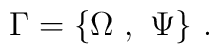
\Gamma = \{\Omega~ ,~ \Psi\}~.